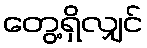
တွေ့ရှိလျှင်